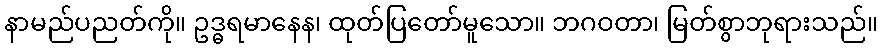
နာမည်ပညတ်ကို။ ဥဒ္ဓရမာနေန၊ ထုတ်ပြတော်မူသော။ ဘဂဝတာ၊ မြတ်စွာဘုရားသည်။